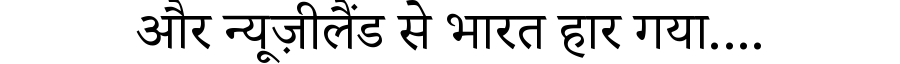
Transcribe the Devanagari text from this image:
और न्यूज़ीलैंड से भारत हार गया....